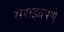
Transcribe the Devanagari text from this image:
सराइतपणे